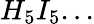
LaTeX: H_{5}I_{5}...